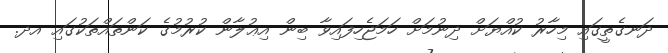
ދަނގެތީގައި މިހާރު ކުއްޔަށް ދިނުމަށް ހަމަޖެހިފައިވާ ބިން އިޢުލާން ކުރުމުގެ ކަންތައްތަކުގައި އދ.